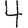
Digit: 4